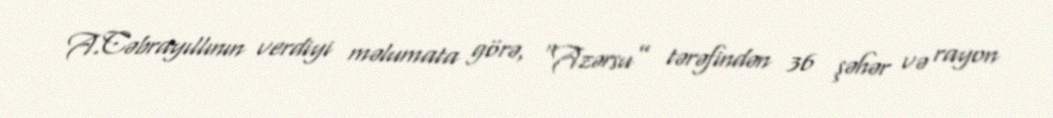
A.Cəbrayıllının verdiyi məlumata görə, “Azərsu” tərəfindən 36 şəhər və rayon